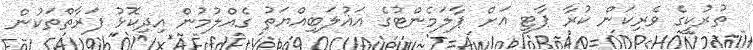
ތުރުކީގެ ވެރިކަން ކުރާ ޕާޓީ އަށް ޕާލަމެންޓުގެ އަޣުލަބިއްޔަތު ގެއްލުމުން އިދިކޮޅު ފަރާތްތަކުން